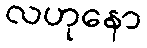
လဟုနော